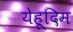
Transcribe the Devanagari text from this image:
येहूदिम